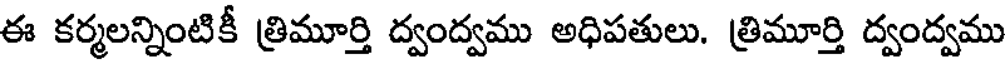
ఈ కర్మలన్నింటికీ త్రిమూర్తి ద్వంద్వము అధిపతులు. త్రిమూర్తి ద్వంద్వము